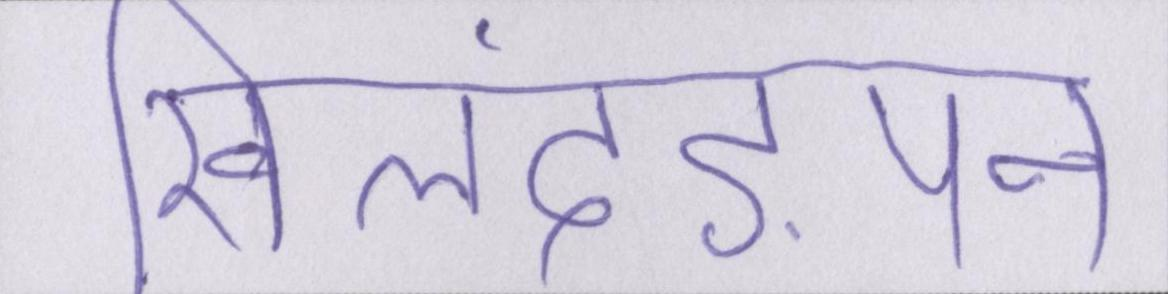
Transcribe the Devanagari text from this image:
खिलंदड़ेपन